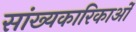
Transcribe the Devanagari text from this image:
सांख्यकारिकाओं